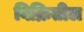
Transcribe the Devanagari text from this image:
विक्रितील